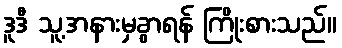
ဒူဒီ သူ့အနားမှခွာရန် ကြိုးစားသည်။